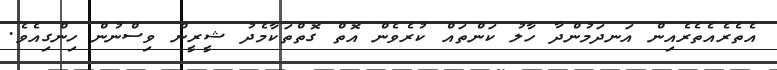
އެތެރެއެތެރެއިން އަނދަމުންދާ ހާލު ކަންތައް ކުރެވެން އޮތް ގޮތްތަކާމެދު ޝީރީން ވިސްނުން ހިންގިއެވެ.